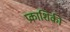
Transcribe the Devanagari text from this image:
प्रकाशिकी